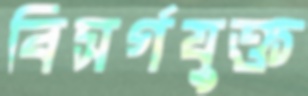
বিসর্গযুক্ত